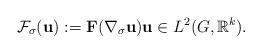
LaTeX: \begin{align*}\mathcal{F}_{\sigma}(\mathbf{u}) := \mathbf{F}(\nabla_{\sigma} \mathbf{u}) \mathbf{u} \in L^{2}(G, \mathbb{R}^{k}). \end{align*}